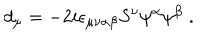
d _ { \mu } = - 2 i \epsilon _ { \mu \nu \alpha \beta } S ^ { \nu } \psi ^ { \alpha } \psi ^ { \beta } \; .